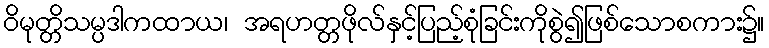
ဝိမုတ္တိသမ္ပဒါကထာယ၊ အရဟတ္တဖိုလ်နှင့်ပြည့်စုံခြင်းကိုစွဲ၍ဖြစ်သောစကား၌။